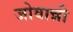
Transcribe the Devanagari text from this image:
जोवान्नी